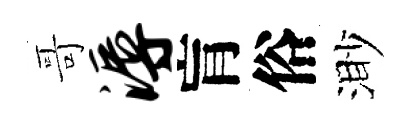
哥溽肓俗渺